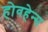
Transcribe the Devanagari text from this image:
होवहेन्स